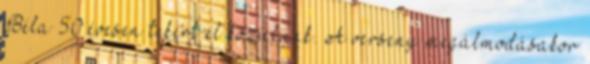
Béla 50 évesen tekert el közülünk. A verseny megálmodásakor